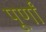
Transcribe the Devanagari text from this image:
पूर्णां